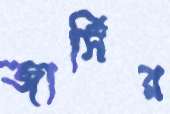
জার্সির